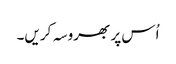
اُس پر بھروسہ کریں۔